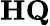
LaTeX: \mathbf{HQ}